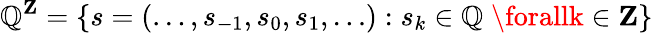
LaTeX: \mathbb{Q}^{\mathbf{{Z}}}=\{ s=(\ldots,s_{-1},s_{0},s_{1},\ldots):s_{k}\in\mathbb{Q}\; \forallk\in\mathbf{{Z}}\}